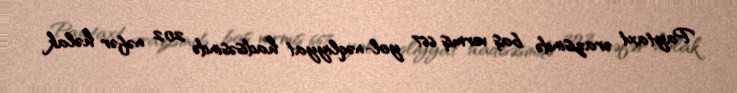
Paytaxt ərazisində baş vermiş 667 yol-nəqliyyat hadisəsində 202 nəfər həlak